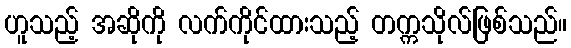
ဟူသည့် အဆိုကို လက်ကိုင်ထားသည့် တက္ကသိုလ်ဖြစ်သည်။